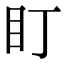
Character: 盯